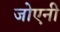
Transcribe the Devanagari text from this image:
जोएनी